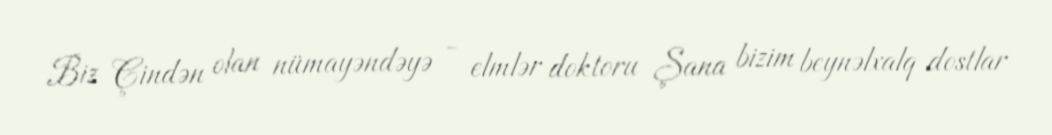
Biz Çindən olan nümayəndəyə - elmlər doktoru Şana bizim beynəlxalq dostlar